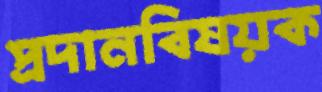
প্রদানবিষয়ক